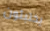
يختبئون